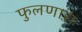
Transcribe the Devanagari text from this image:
फुलणारा